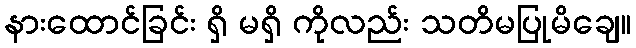
နားထောင်ခြင်း ရှိ မရှိ ကိုလည်း သတိမပြုမိချေ။